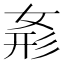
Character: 𭑾